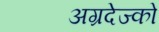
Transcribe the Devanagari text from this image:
अग्रदेज्को